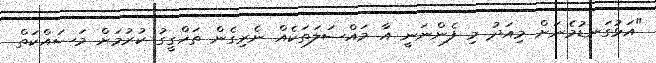
"އަޅުގަނޑުމެނަށް މިއަދު މި ފެންނަނީ އާ މައްސަލަތަކެއް ނެރިގެން ތަހްގީގު ކުރުމަށް މަސައްކަތް